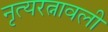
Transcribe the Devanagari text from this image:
नृत्यरत्नावली